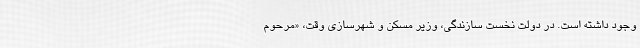
وجود داشته است. در دولت نخست سازندگی، وزیر مسکن و شهر‌سازی وقت، «مرحوم